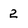
Character: 2